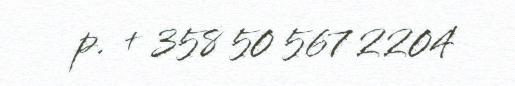
p. + 358 50 567 2204